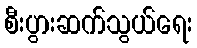
စီးပွားဆက်သွယ်ရေး